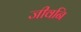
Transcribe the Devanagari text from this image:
जीवनि